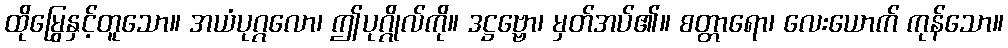
ထိုမြွေနှင့်တူသော။ အယံပုဂ္ဂလော၊ ဤပုဂ္ဂိုလ်ကို။ ဒဋ္ဌဗ္ဗော၊ မှတ်အပ်၏။ စတ္တာရော၊ လေးယောက် ကုန်သော။